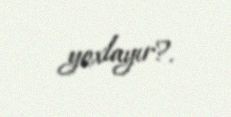
yoxlayır?.